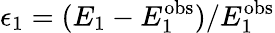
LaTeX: \epsilon_{\mathrm{1}}=(E_{\mathrm{1}}-E_{1}^{\mathrm{obs}})/E_{1}^{\mathrm{obs}}